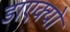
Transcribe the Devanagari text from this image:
डाएक्यो